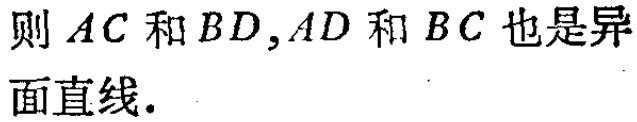
则 \(AC\) 和 \(BD\)，\(AD\) 和 \(BC\) 也是异面直线.